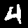
Digit: 4